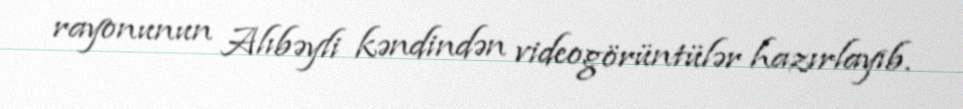
rayonunun Alıbəyli kəndindən videogörüntülər hazırlayıb.